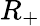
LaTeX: R_{+}